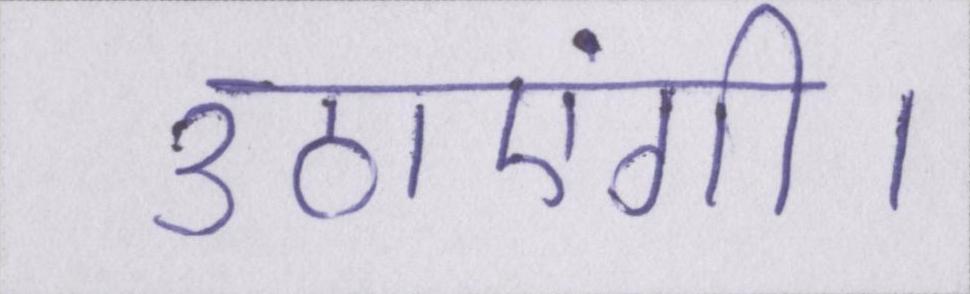
उठाएंगी।